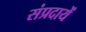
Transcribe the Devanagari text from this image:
संप्रदायें